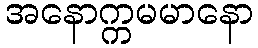
အနောက္ကမမာနော